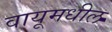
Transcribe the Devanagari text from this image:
वायूमधील